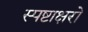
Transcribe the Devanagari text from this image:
स्पष्टाक्षरो